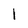
Character: 1